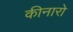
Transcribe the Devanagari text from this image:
कीनारो